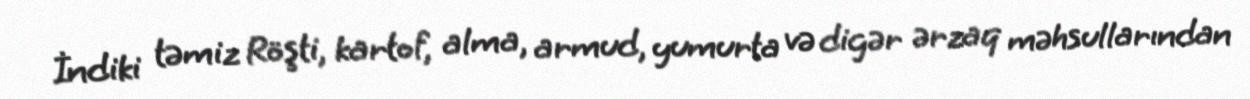
İndiki təmiz Röşti, kartof, alma, armud, yumurta və digər ərzaq məhsullarından